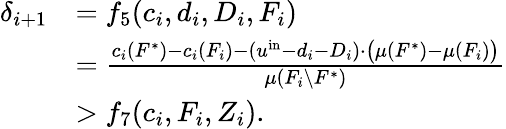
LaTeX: \begin{array}{rl}{\delta_{i+1}}&{=f_{5}(c_{i},d_{i},D_{i},F_{i})}\\ {}&{=\frac{c_{i}(F^{*})-c_{i}(F_{i})-(u^{\mathrm{in}}-d_{i}-D_{i})\cdot\big(\mu(F^{*})-\mu(F_{i})\big)}{\mu(F_{i}\setminus F^{*})}}\\ {}&{>f_{7}(c_{i},F_{i},Z_{i}).}\end{array}